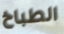
الطباخ